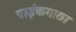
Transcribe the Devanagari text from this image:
पाईकगाछा